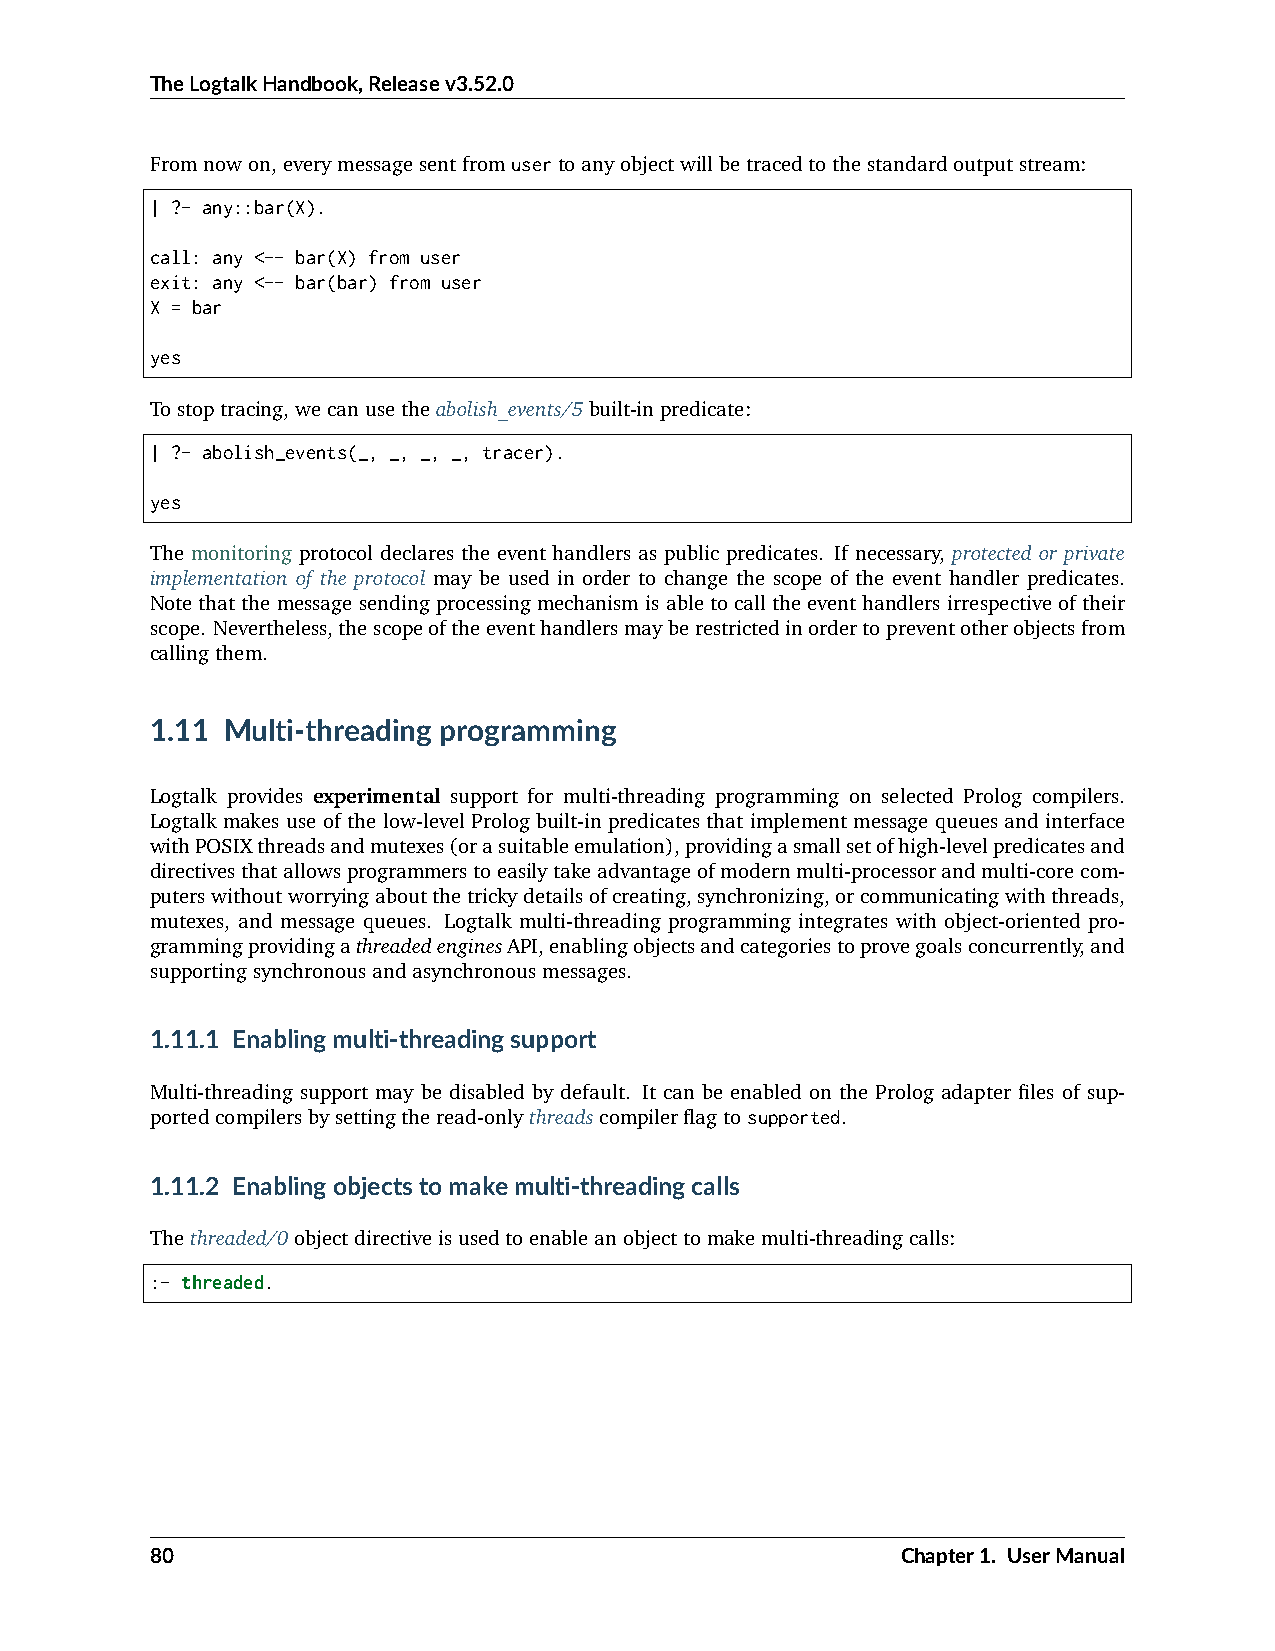
TheLogtalkHandbook,Releasev3.52.0
 Fromnowon,everymessagesentfromusertoanyobjectwillbetracedtothestandardoutputstream:
 | ?- any::bar(X).
 call: any <-- bar(X) from user
 exit: any <-- bar(bar) from user
 X = bar
 yes
 Tostoptracing,wecanusetheabolish_events/5built-inpredicate:
 | ?- abolish_events(_, _, _, _, tracer).
 yes
 The monitoring protocol declares the event handlers as public predicates. If necessary, protected or private
 implementation of the protocol may be used in order to change the scope of the event handler predicates.
 Note that the message sending processing mechanism is able to call the event handlers irrespective of their
 scope. Nevertheless,thescopeoftheeventhandlersmayberestrictedinordertopreventotherobjectsfrom
 callingthem.
 1.11 Multi-threading programming
 Logtalk provides experimental support for multi-threading programming on selected Prolog compilers.
 Logtalk makes use of the low-level Prolog built-in predicates that implement message queues and interface
 withPOSIXthreadsandmutexes(orasuitableemulation),providingasmallsetofhigh-levelpredicatesand
 directivesthatallowsprogrammerstoeasilytakeadvantageofmodernmulti-processorandmulti-corecom-
 puterswithoutworryingaboutthetrickydetailsofcreating,synchronizing,orcommunicatingwiththreads,
 mutexes, and message queues. Logtalk multi-threading programming integrates with object-oriented pro-
 grammingprovidingathreadedenginesAPI,enablingobjectsandcategoriestoprovegoalsconcurrently,and
 supportingsynchronousandasynchronousmessages.
 1.11.1 Enablingmulti-threadingsupport
 Multi-threading support may be disabled by default. It can be enabled on the Prolog adapter files of sup-
 portedcompilersbysettingtheread-onlythreadscompilerflagtosupported.
 1.11.2 Enablingobjectstomakemulti-threadingcalls
 Thethreaded/0objectdirectiveisusedtoenableanobjecttomakemulti-threadingcalls:
 :- threaded.
 80                                                Chapter1. UserManual